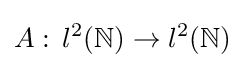
A:\,l^{2}(\mathbb {N} )\to l^{2}(\mathbb {N} )